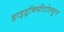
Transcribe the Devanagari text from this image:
हाइड्रॉक्सीटोल्यून